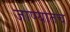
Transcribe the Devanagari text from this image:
जाण्यातच